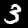
Label: 3